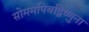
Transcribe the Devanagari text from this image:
सोममपिबद्विष्णुना